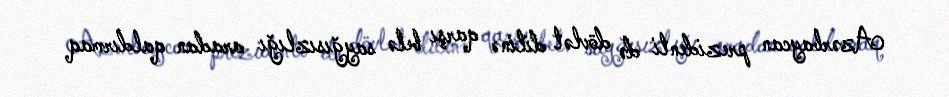
Azərbaycan prezidenti də dövlət dilinə qarşı belə sayğısızlığı aradan qaldırmaq